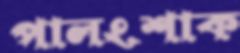
পালংশাক